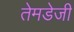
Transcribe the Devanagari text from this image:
तेमडेजी